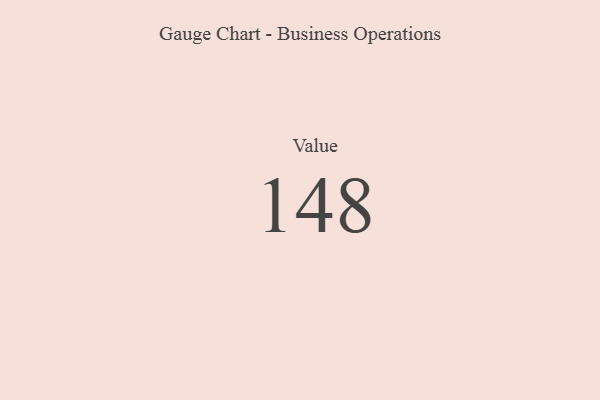
{"axis": {"x": "Metric", "y": "Value"}, "legend": [""], "data": [{"x": "Value", "y": 148, "type": ""}]}